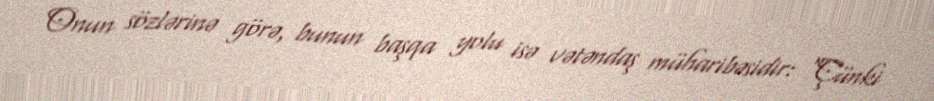
Onun sözlərinə görə, bunun başqa yolu isə vətəndaş müharibəsidir: “Çünki